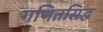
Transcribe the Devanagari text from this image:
गणितसिद्ध